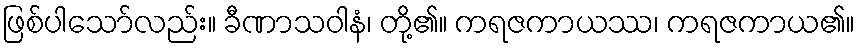
ဖြစ်ပါသော်လည်း။ ခီဏာသဝါနံ၊ တို့၏။ ကရဇကာယဿ၊ ကရဇကာယ၏။